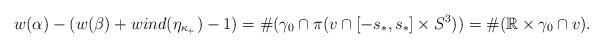
LaTeX: \begin{align*} w(\alpha)-(w(\beta)+wind(\eta_{\kappa_{+}})-1)=\#(\gamma_{0}\cap{ \pi(v\cap{[-s_{*},s_{*}]\times S^{3}})})=\#(\mathbb{R}\times \gamma_{0}\cap v). \end{align*}